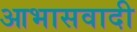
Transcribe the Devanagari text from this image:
आभासवादी